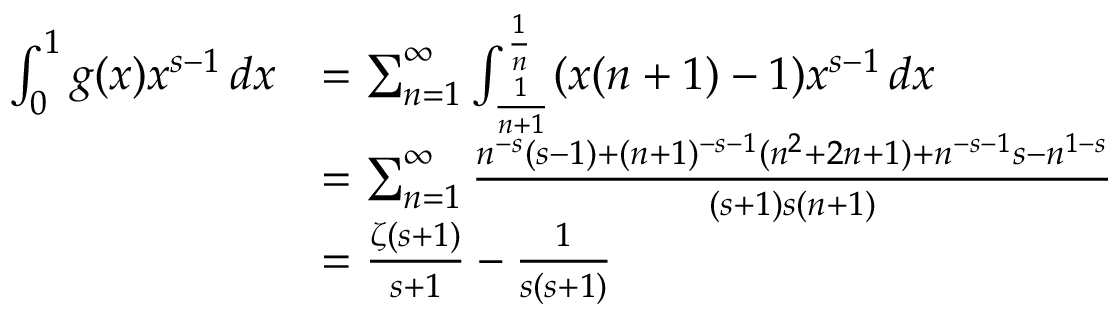
{ \begin{array} { r l } { \int _ { 0 } ^ { 1 } g ( x ) x ^ { s - 1 } \, d x } & { = \sum _ { n = 1 } ^ { \infty } \int _ { \frac { 1 } { n + 1 } } ^ { \frac { 1 } { n } } ( x ( n + 1 ) - 1 ) x ^ { s - 1 } \, d x } \\ & { = \sum _ { n = 1 } ^ { \infty } { \frac { n ^ { - s } ( s - 1 ) + ( n + 1 ) ^ { - s - 1 } ( n ^ { 2 } + 2 n + 1 ) + n ^ { - s - 1 } s - n ^ { 1 - s } } { ( s + 1 ) s ( n + 1 ) } } } \\ & { = { \frac { \zeta ( s + 1 ) } { s + 1 } } - { \frac { 1 } { s ( s + 1 ) } } } \end{array} }